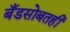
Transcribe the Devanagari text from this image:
बँडसोबतही